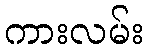
ကားလမ်း